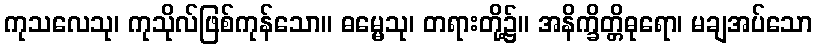
ကုသလေသု၊ ကုသိုလ်ဖြစ်ကုန်သော။ ဓမ္မေသု၊ တရားတို့၌။ အနိက္ခိတ္တိဓုရော၊ မချအပ်သော